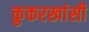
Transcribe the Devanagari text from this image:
कुकरखांसी